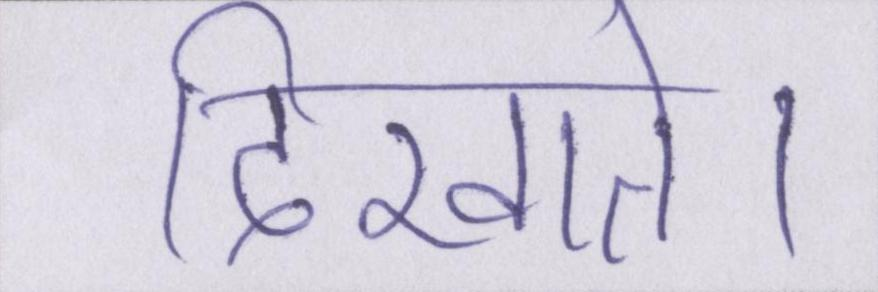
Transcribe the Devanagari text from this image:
दिखाते।